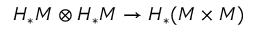
H _ { * } M \otimes H _ { * } M \to H _ { * } ( M \times M )